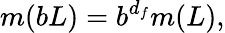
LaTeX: m(bL)=b^{d_{f}}m(L),